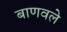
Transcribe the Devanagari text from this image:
बाणवले